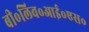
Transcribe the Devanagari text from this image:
बी॰लिव॰आई॰एस॰